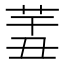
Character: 𦍟